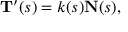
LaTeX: \mathbf { T } ^ { \prime } ( s ) = k ( s ) \mathbf { N } ( s ) ,